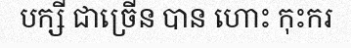
បក្សី ជាច្រើន បាន ហោះ កុះករ